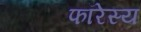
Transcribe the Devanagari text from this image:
फॉरेस्य